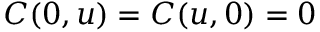
C ( 0 , u ) = C ( u , 0 ) = 0